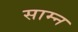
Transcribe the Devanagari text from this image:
साम्न